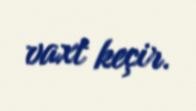
vaxt keçir.